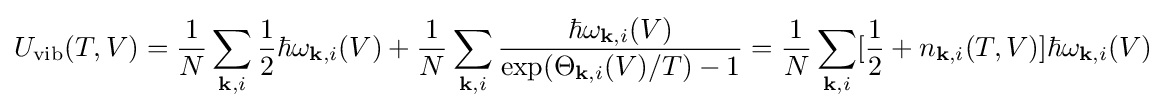
U_{\rm {vib}}(T,V)={\frac {1}{N}}\sum _{\mathbf {k} ,i}{\frac {1}{2}}\hbar \omega _{\mathbf {k} ,i}(V)+{\frac {1}{N}}\sum _{\mathbf {k} ,i}{\frac {\hbar \omega _{\mathbf {k} ,i}(V)}{\exp(\Theta _{\mathbf {k} ,i}(V)/T)-1}}={\frac {1}{N}}\sum _{\mathbf {k} ,i}[{\frac {1}{2}}+n_{\mathbf {k} ,i}(T,V)]\hbar \omega _{\mathbf {k} ,i}(V)